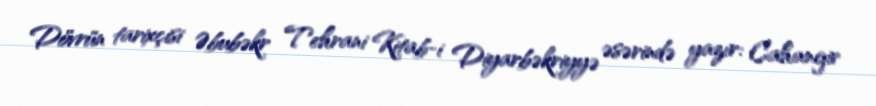
Dövrün tarixçisi Əbubəkr Tehrani Kitab-i Diyarbəkriyyə əsərində yazır: Cahangir